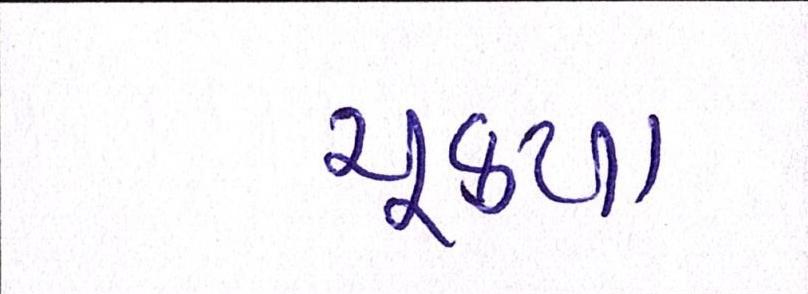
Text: ચૂક્યા